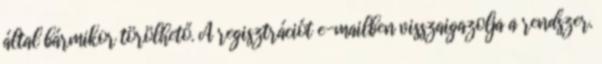
által bármikor törölhető. A regisztrációt e-mailben visszaigazolja a rendszer.